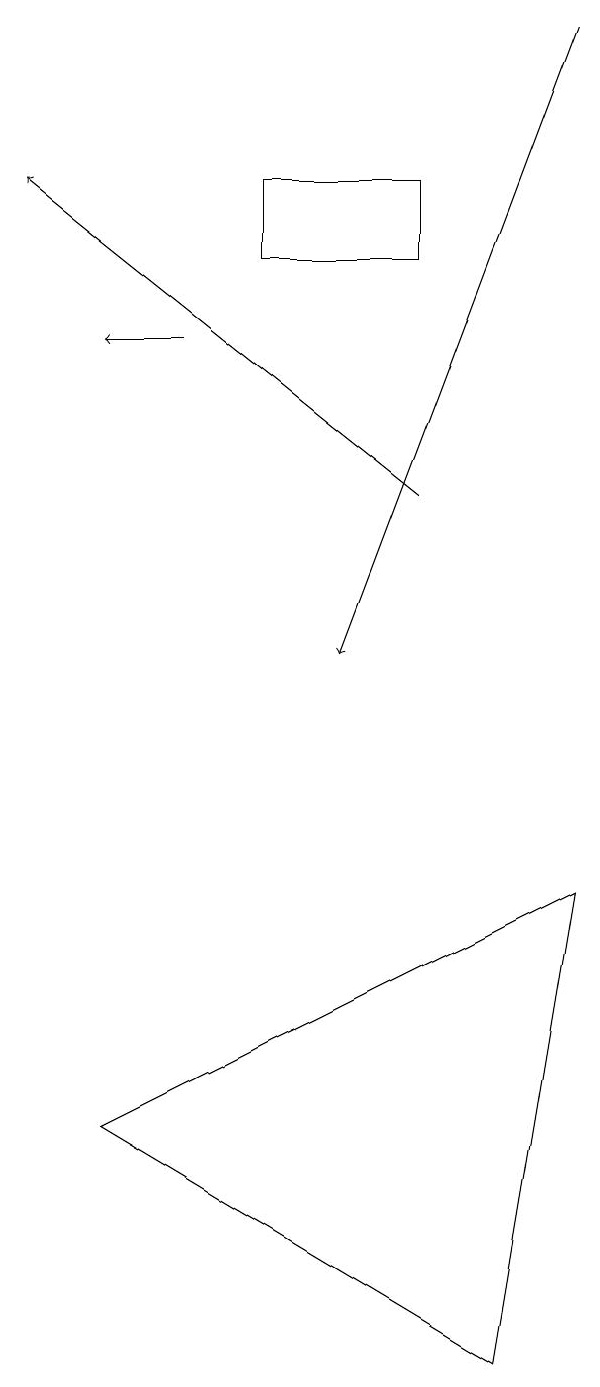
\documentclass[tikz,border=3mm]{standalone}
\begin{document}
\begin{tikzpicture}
\draw[->] (4,15) -- (3,15);
\draw (7,16) rectangle (5,17);
\draw[->] (9,19) -- (6,11);
\draw[->] (7,13) -- (2,17);
\draw (9,8) -- (3,5) -- (8,2) -- cycle;
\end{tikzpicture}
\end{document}